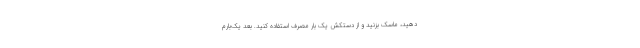
دهید، ماسک بزنید و از دستکش یک بار مصرف استفاده کنید. بعد یک‌بارم